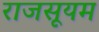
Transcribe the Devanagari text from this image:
राजसूयम